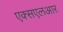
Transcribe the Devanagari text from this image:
एक्सएलआर